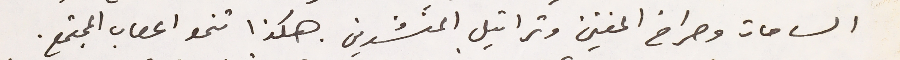
الساحات وصراخ المغني وتراتيل المنشدين. هكذا تنمو اعصاب المجتمع.